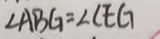
\angle A B G = \angle C E G